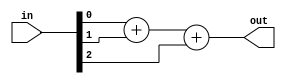
// This program was cloned from: https://github.com/milind7777/VerilogDocGen
// License: MIT License

module popcount3 (
  input [2:0] in,
  output [1:0] out

);

  assign out = in[0]+in[1]+in[2];

endmodule